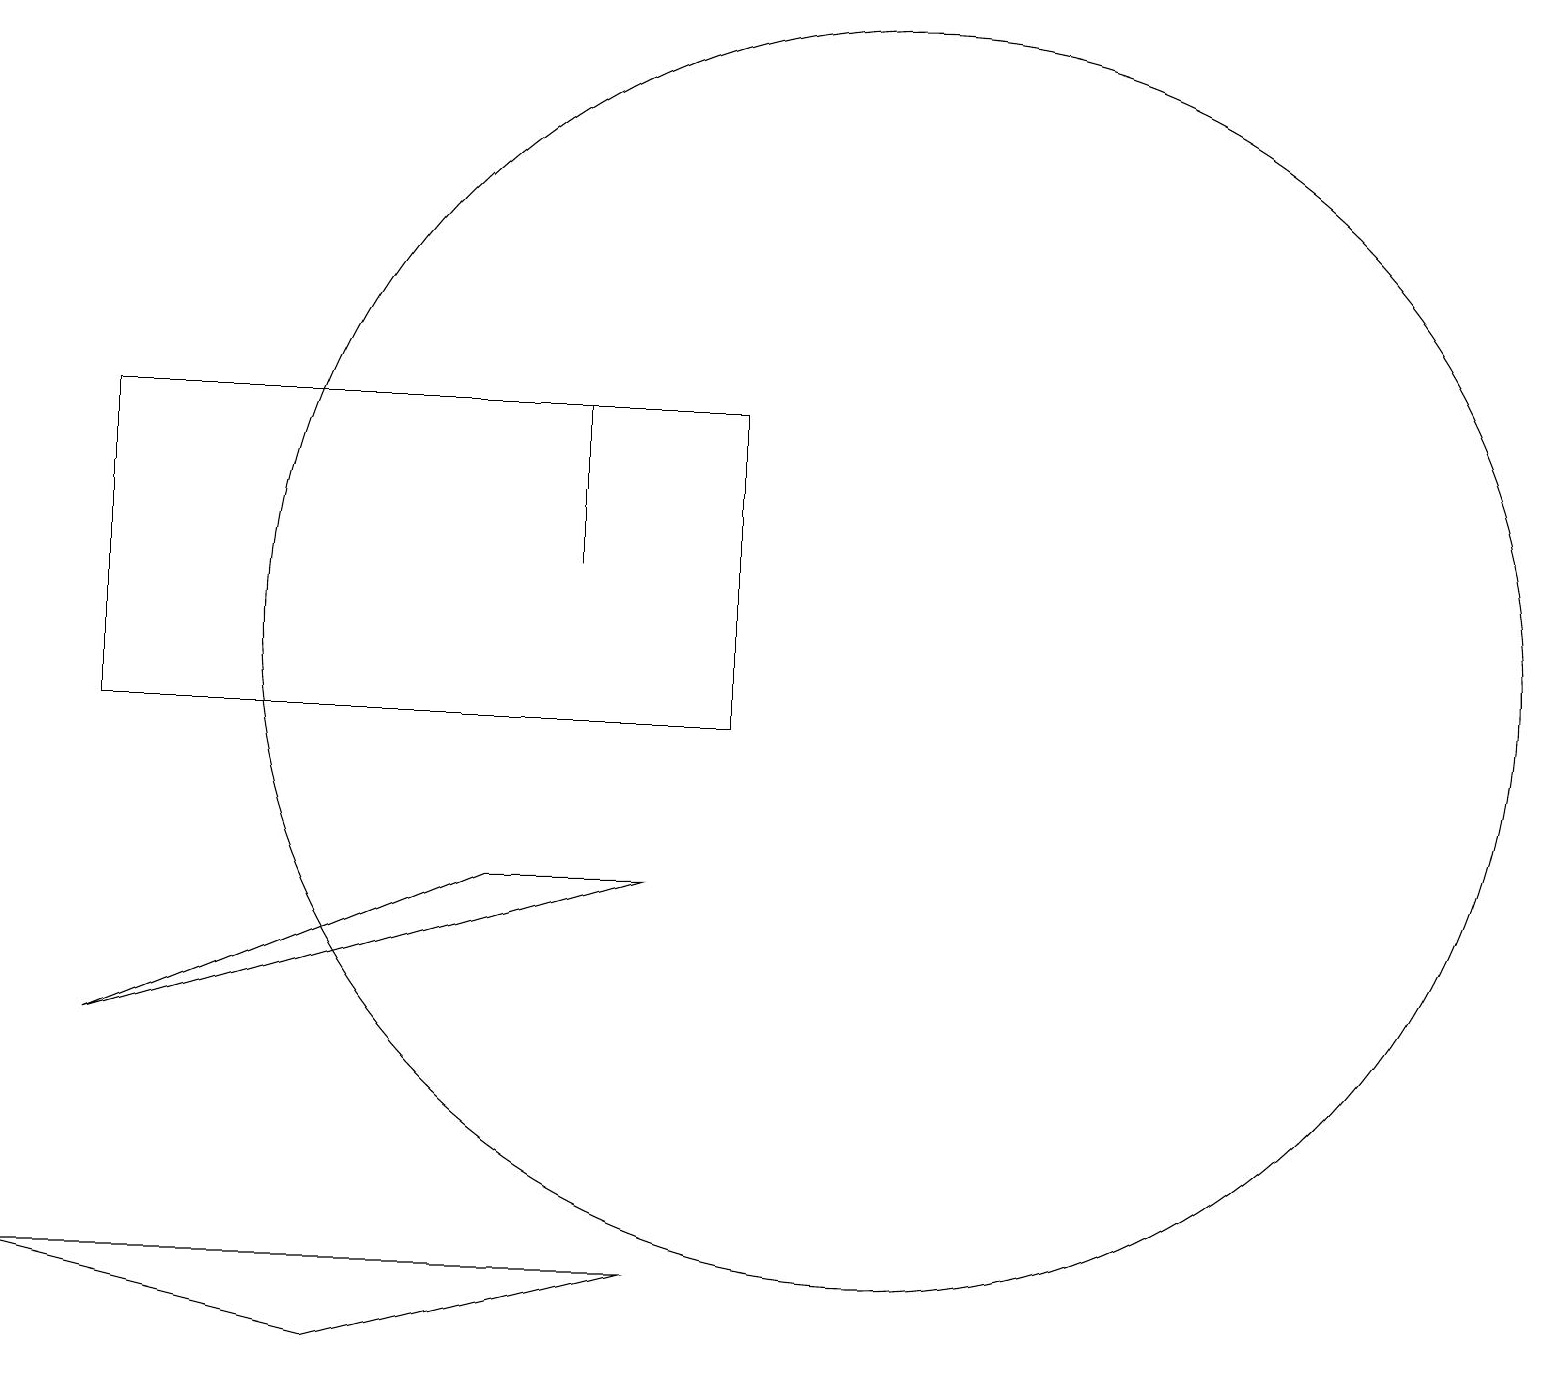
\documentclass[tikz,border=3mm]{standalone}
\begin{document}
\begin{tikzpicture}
\draw (1,15) rectangle (9,11);
\draw (8,9) -- (1,7) -- (6,9) -- cycle;
\draw (7,13) rectangle (7,15);
\draw (0,4) -- (8,4) -- (4,3) -- cycle;
\draw (11,12) circle (8);
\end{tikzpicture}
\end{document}